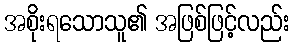
အစိုးရသောသူ၏ အဖြစ်ဖြင့်လည်း